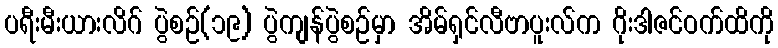
ပရီးမီးယားလိဂ် ပွဲစဉ်(၁၉) ပွဲကျန်ပွဲစဉ်မှာ အိမ်ရှင်လီဗာပူးလ်က ဂိုးဒါဇင်ဝက်ထိကို